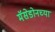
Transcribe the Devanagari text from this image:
मॅसेडोनच्या